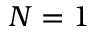
N = 1